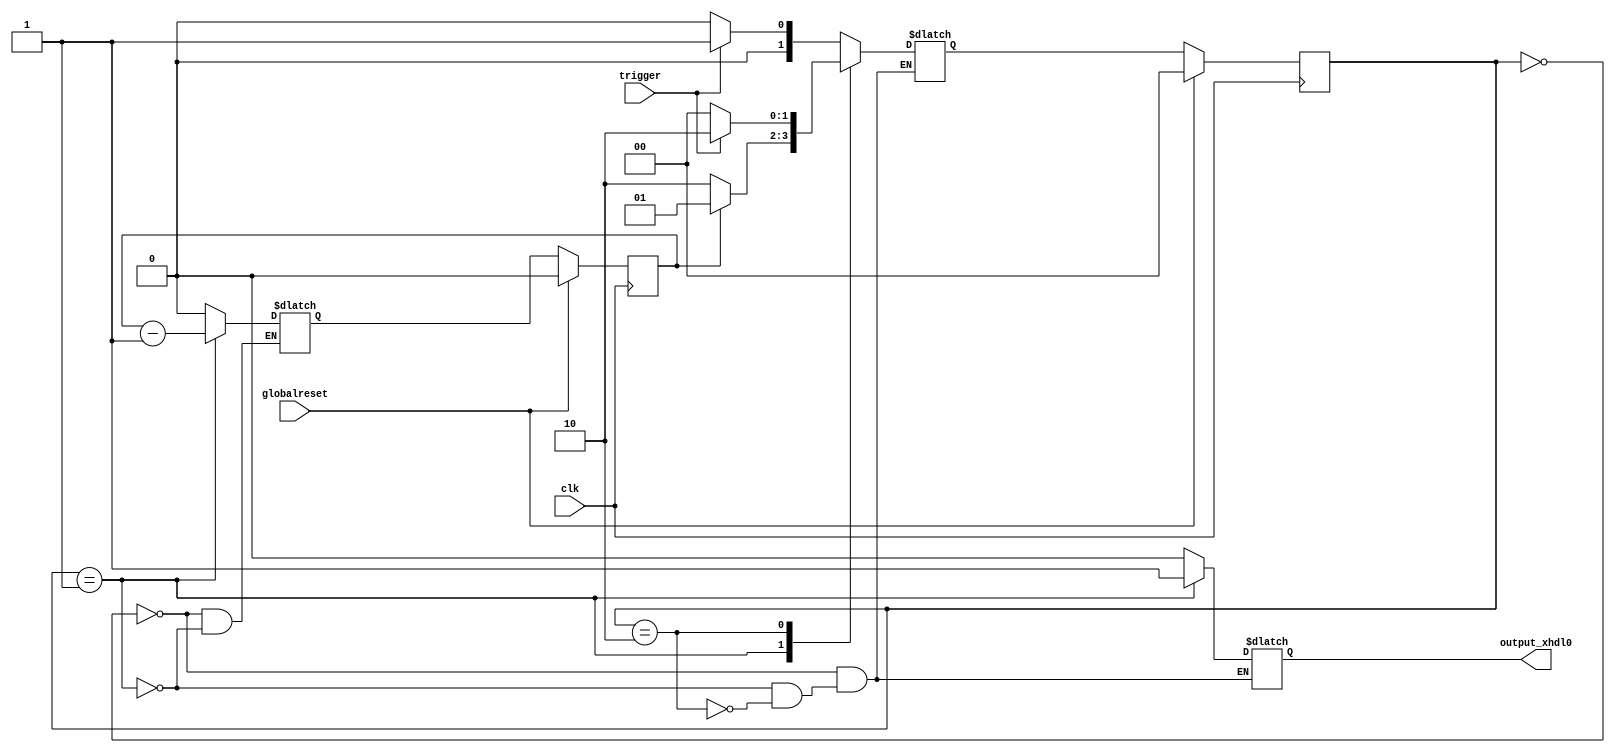
`define SIMULATION_MEMORY

 module onlyonecycle (trigger, output_xhdl0, globalreset, clk);

    input trigger; 
    output output_xhdl0; 
    reg output_xhdl0;
    input globalreset; 
    input clk; 

    reg[1:0] state; 
    reg[1:0] next_state; 
    reg count; 
    reg temp_count; 

    always @(posedge clk)
    begin
       if (globalreset == 1'b1)
       begin
          state <= 0 ; 
          count <= 0 ; 

       end
       else
       begin
          state <= next_state ; 
		count <= temp_count;
       end 
    end 

    always @(state or trigger or count)
    begin
       case (state)
          0 :
                   begin
       				  output_xhdl0 = 1'b0 ; 
                      if (trigger == 1'b1)
                      begin
                         next_state = 1 ; 
                      end
                      else
                      begin
                         next_state = 0 ; 
                      end 
                         temp_count = 1 - 1 ; 
                   end
          1 :
                   begin
                      output_xhdl0 = 1'b1 ; 
                      if (count == 0)
                      begin
                         next_state = 2 ; 
                      end
                      else

                      begin

                         next_state = 1 ; 
                      end 
                         temp_count = count - 1 ; 
                   end
          2 :
                   begin
       				  output_xhdl0 = 1'b0 ; 
                      if (trigger == 1'b0)
                      begin
                         next_state = 0 ; 
                      end
                      else
                      begin
                         next_state = 2 ; 

                      end 
                   end
       endcase 
    end 
 endmodule